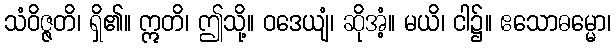
သံဝိဇ္ဇတိ၊ ရှိ၏။ ဣတိ၊ ဤသို့။ ဝဒေယျံ၊ ဆိုအံ့။ မယိ၊ ငါ၌။ ဧသောဓမ္မော၊